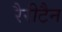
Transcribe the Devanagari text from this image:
रैरीटैन